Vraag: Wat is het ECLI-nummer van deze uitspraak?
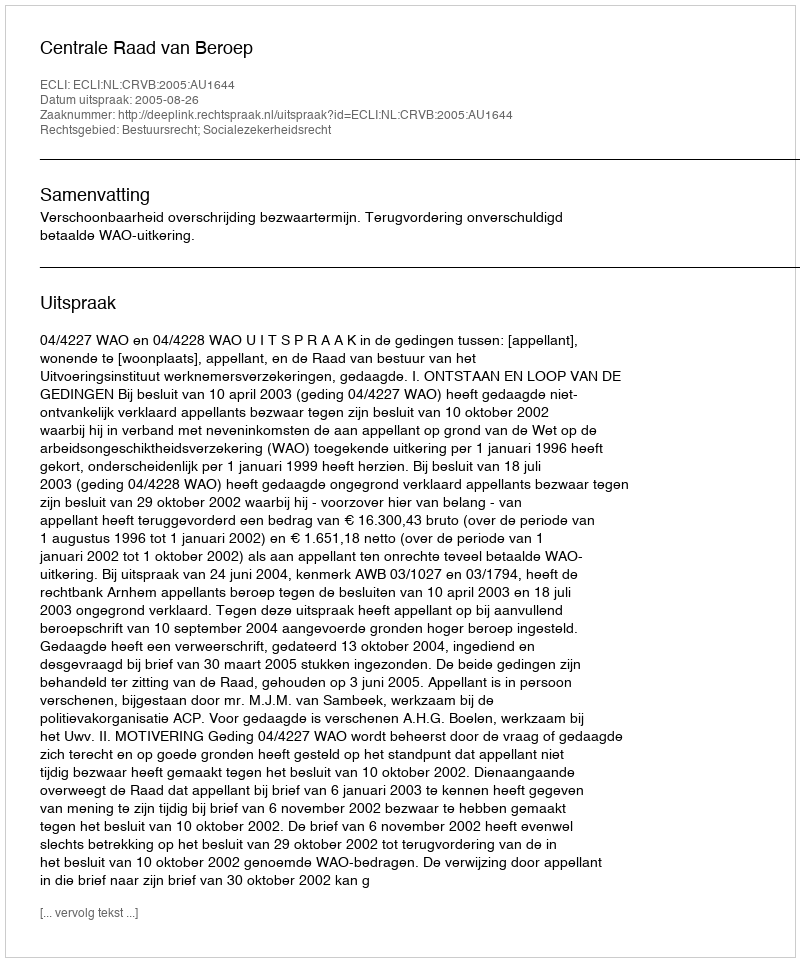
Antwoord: ECLI:NL:CRVB:2005:AU1644